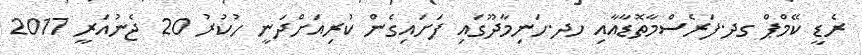
ރެޑީ ކޭމްޕް ގދ.ފަރެސްމާތޮޑާއާއި ހދ.ހަނިމާދޫގައި ފަށައިގެން ކުރިއަށްދަނީ ހުކުރު 20 ޖެނުއަރީ 2017